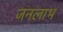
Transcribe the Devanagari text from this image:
जनलाभ